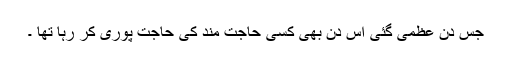
جس دن عظمی گئی اس دن بھی کسی حاجت مند کی حاجت پوری کر رہا تھا ۔